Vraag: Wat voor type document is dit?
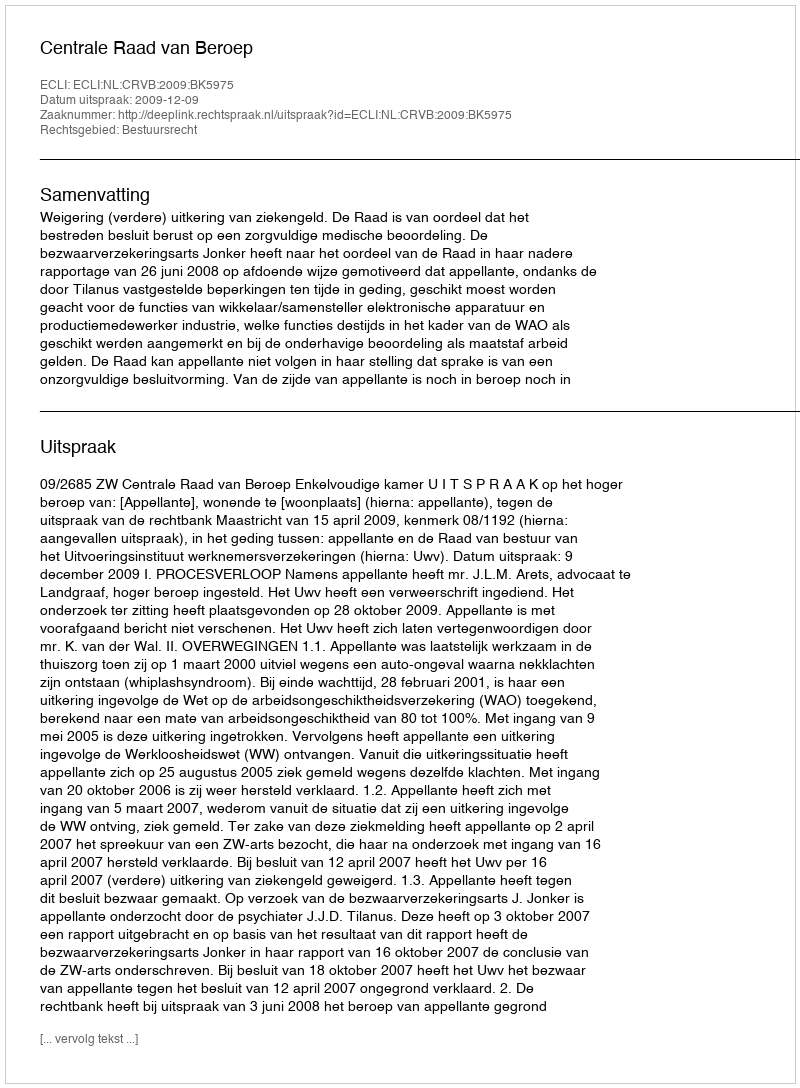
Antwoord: Uitspraak